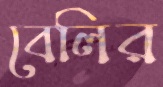
বেলির